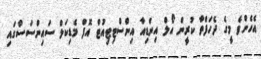
އެހެންވެ މީގެ ދެހަފްތާ ކުރީން އޯލް އިންޑިއާ އިންސްޓިޓިއުޓް އޮފް މެޑިކަލް ސައިންސަސްގައި